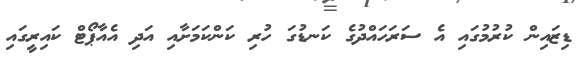
ޑިޒައިން ކުރުމުގައި އެ ސަރަހައްދުގެ ކަނޑުގަ ހުރި ކަަންކަމަށާއި އަދި އެއާޕޯޓް ކައިރީގައި